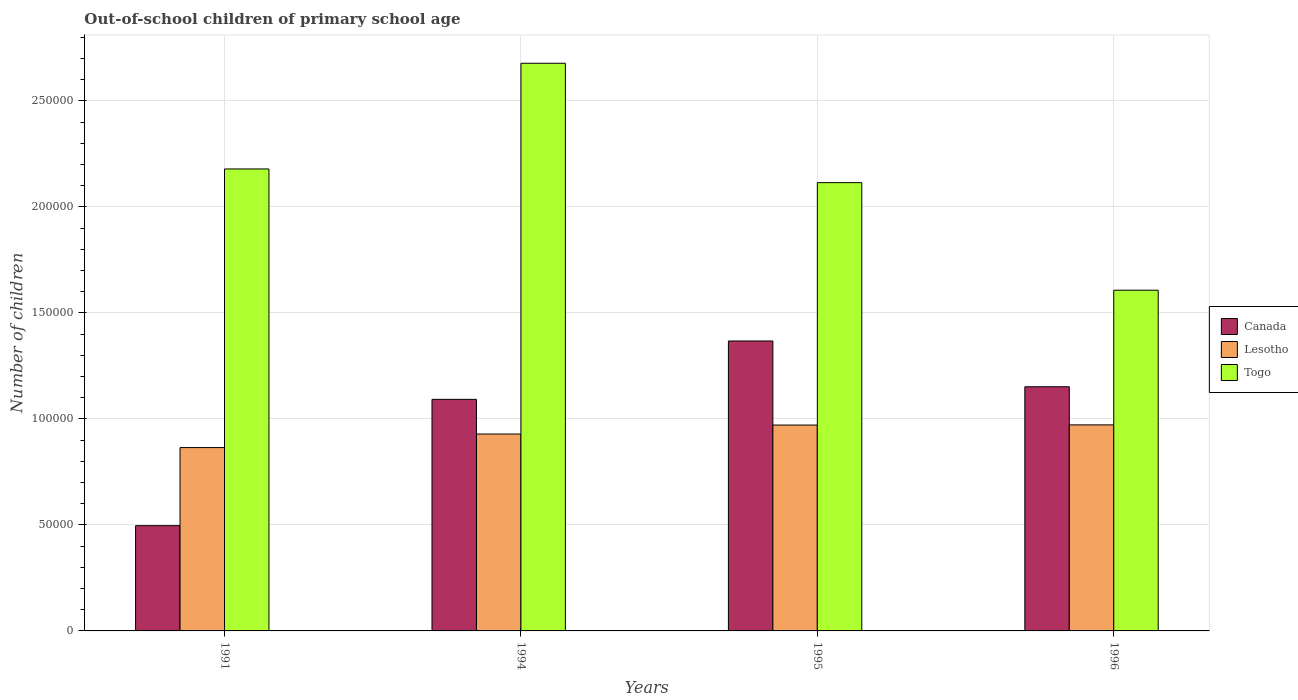
| Years | Canada | Lesotho | Togo |
 | --- | --- | --- | --- |
 | 1991 | 4.96e+04 | 8.65e+04 | 2.18e+05 |
 | 1994 | 1.09e+05 | 9.29e+04 | 2.68e+05 |
 | 1995 | 1.37e+05 | 9.71e+04 | 2.11e+05 |
 | 1996 | 1.15e+05 | 9.72e+04 | 1.61e+05 |